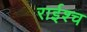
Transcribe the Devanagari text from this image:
राईश्च